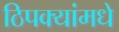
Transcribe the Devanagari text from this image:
ठिपक्यांमधे